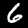
Label: 6